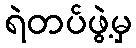
ရဲတပ်ဖွဲ့မှ